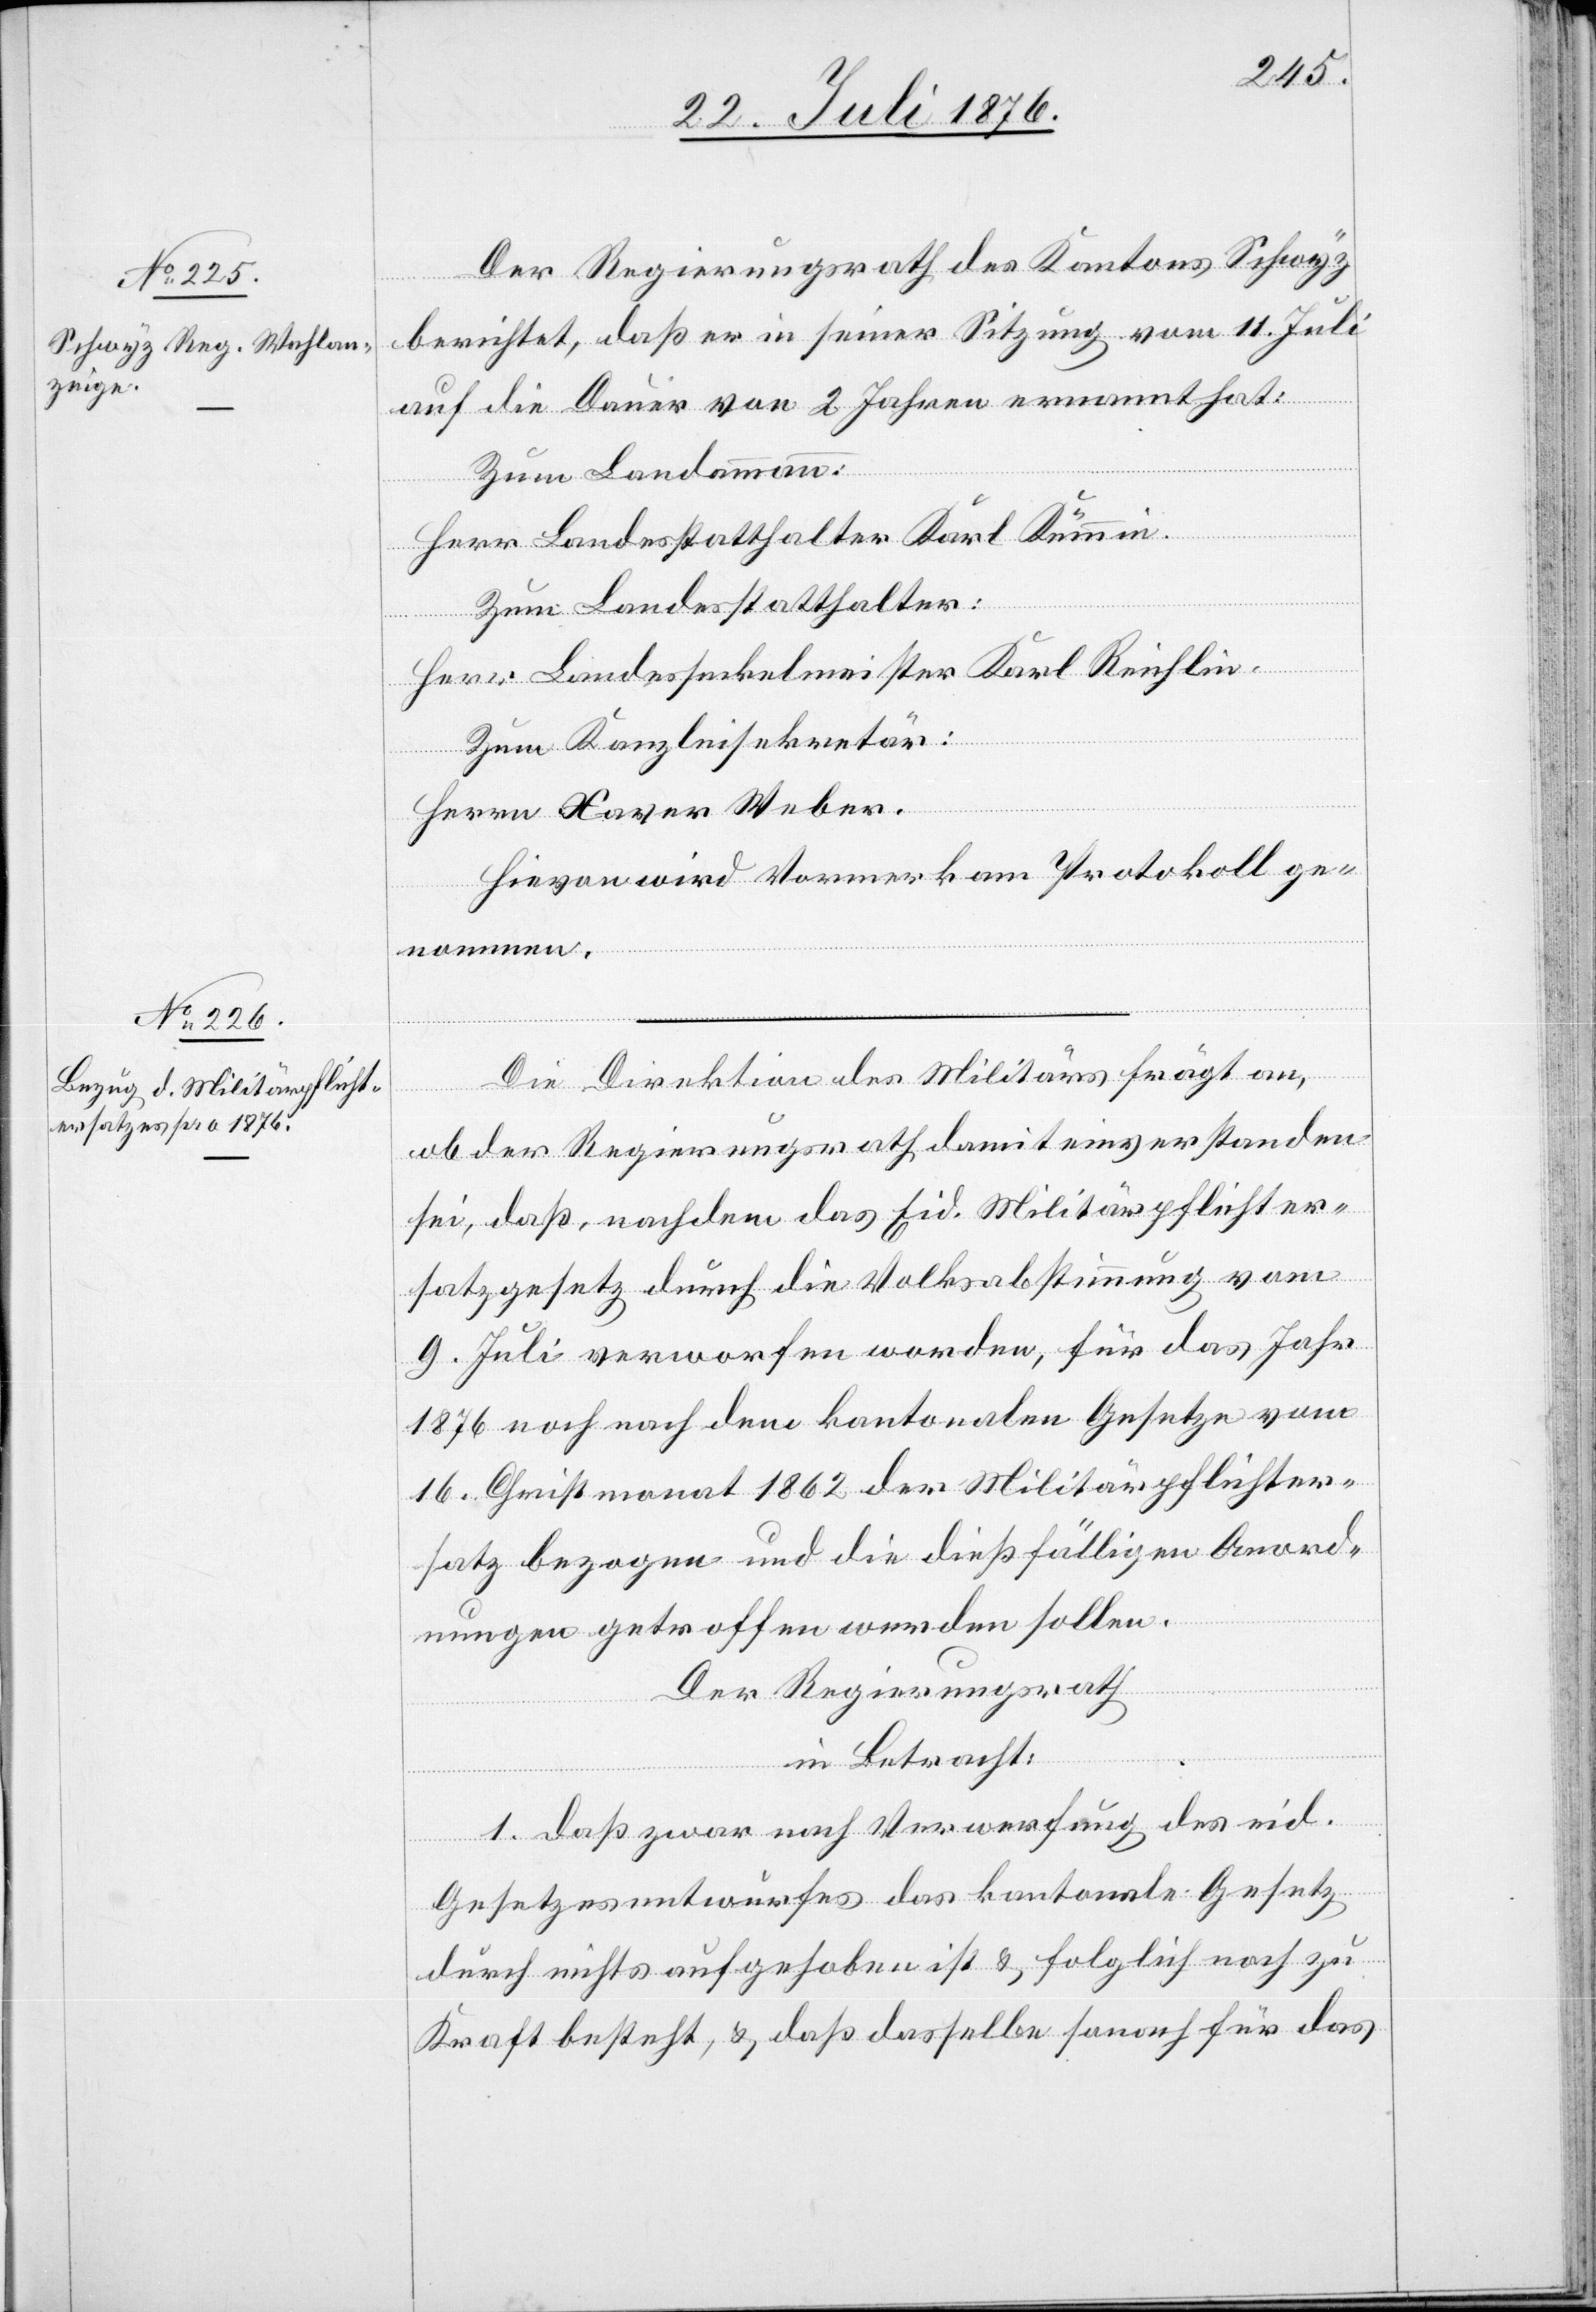
Der Regierungsrath des Kantons Schwyz
berichtet, das er in seiner Sitzung vom 11. Juli
auf die Dauer von 2 Jahren ernannt hat:
Zum Landammann:
Herr Landesstatthalter Karl Kümmin.
Zum Landesstatthalter:
Herr Landesseckelmeister Karl Reichlin.
Zum Kanzleisekretär:
frägt an,
Herrn Xaver Weber.
Hievon wird Vormerk am Protokoll ge¬
nommen.
ob der Regierungsrath damit einverstanden
sei, daß, nachdem das Eid. Militärpflichter¬
satzgesetz durch die Volksabstimmung vom
9. Juli verworfen worden, für das Jahr
1876 noch nach dem kantonalen Gesetze vom
16. Christmonat 1862 der Militärpflichter¬
satz bezogen und die dießfälligen Anord¬
nungen getroffen werden sollen.
Der Regierungsrath
in Betracht:
1. daß zwar nach Verwerfung des eid.
Gesetzesentwurfes das kantonale Gesetz
durch nichts aufgehoben ist & folglich noch zu
Kraft besteht, & daß dasselbe sonach für das